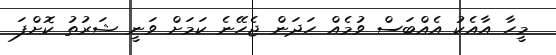
މީހާ އާއެކު އެއްބަސް ވުމެއް ހަދަން ޖެހޭނެ ކަމަށް ވަނީ ޝަރުތު ކޮށްފަ